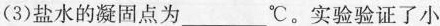
(3)盐水的凝固点为___℃。实验验证了小